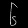
Digit: ၆